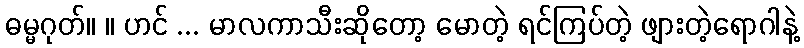
ဓမ္မဂုတ်။ ။ ဟင် ... မာလကာသီးဆိုတော့ မောတဲ့ ရင်ကြပ်တဲ့ ဖျားတဲ့ရောဂါနဲ့